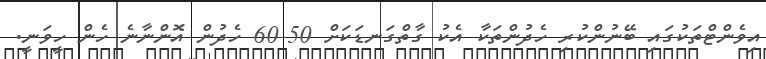
އިވެންޓްތަކުގައި ބޭނުންކުރި ހެދުންތަކާ އެކު ގާތްގަނޑަކަށް 50-60 ހެދުން އޮންނާނެ ހެން ހީވަނީ.